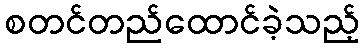
စတင်တည်ထောင်ခဲ့သည့်